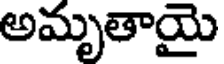
అమృతాయై